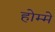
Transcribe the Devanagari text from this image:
होम्मे